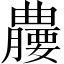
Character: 𪱘